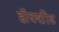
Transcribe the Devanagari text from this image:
हॉक्शीड